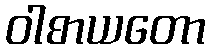
ဝါစာယတော